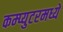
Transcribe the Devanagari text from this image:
कम्प्युटरमध्ये